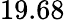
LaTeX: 19.68